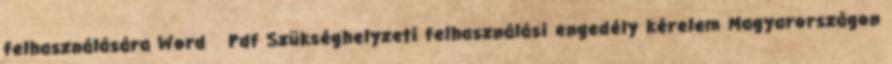
felhasználására Word Pdf Szükséghelyzeti felhasználási engedély kérelem Magyarországon